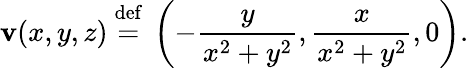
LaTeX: \mathbf{v}(x,y,z)~{\stackrel{\mathrm{def}}{=}}~\left(-{\frac{y}{x^{2}+y^{2}}},{\frac{x}{x^{2}+y^{2}}},0\right).